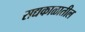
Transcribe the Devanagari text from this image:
सद्यकाळातील